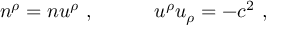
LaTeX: n ^ { \rho } = n u ^ { \rho } \ , \qquad \quad u ^ { \rho } u _ { \rho } = - c ^ { 2 } \ ,